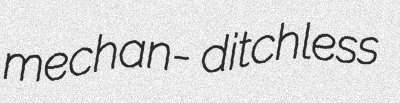
mechan- ditchless